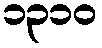
၁၃၁၀